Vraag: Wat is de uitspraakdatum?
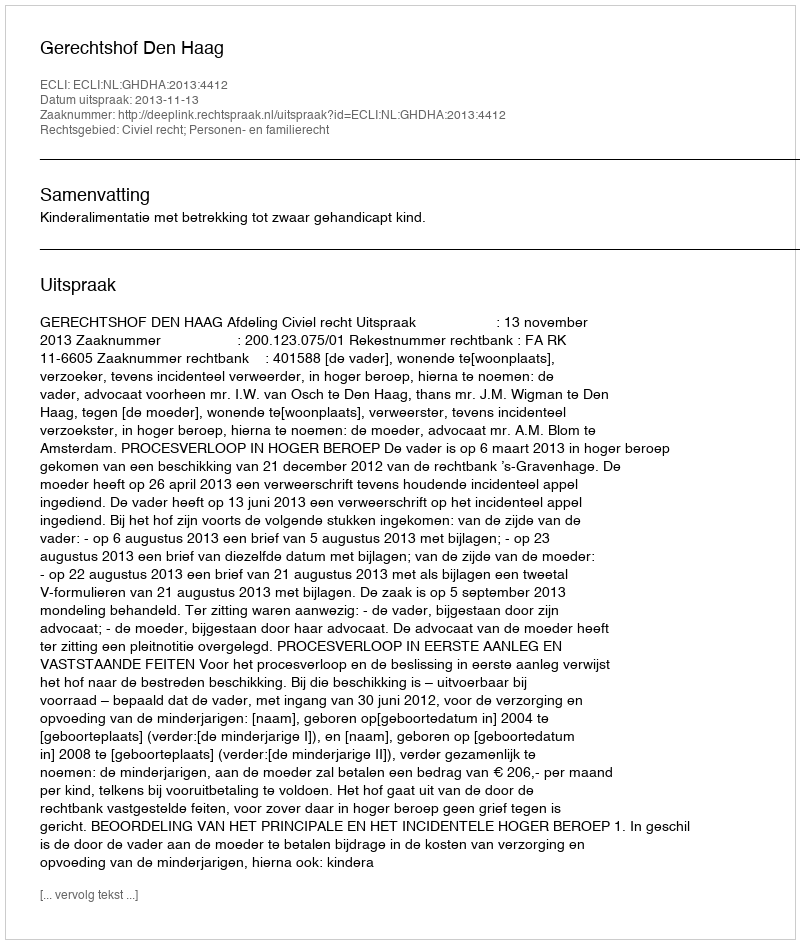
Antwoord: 2013-11-13